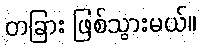
တခြား ဖြစ်သွားမယ်။